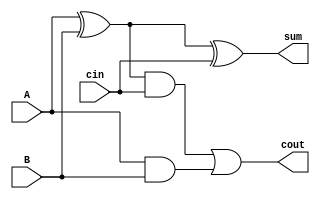
module Full_Adder(A,B,cin,sum,cout);
input A,B,cin;
output sum,cout;
wire x,y,z;
assign x=A^B;
assign sum=x^cin;
assign y=x&cin;
assign z=A&B;
assign cout=y|z;


endmodule